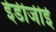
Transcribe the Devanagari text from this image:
ईडीजीई